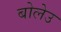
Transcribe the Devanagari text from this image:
बोलेउ